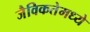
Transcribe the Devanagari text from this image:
जैविकतेमध्ये